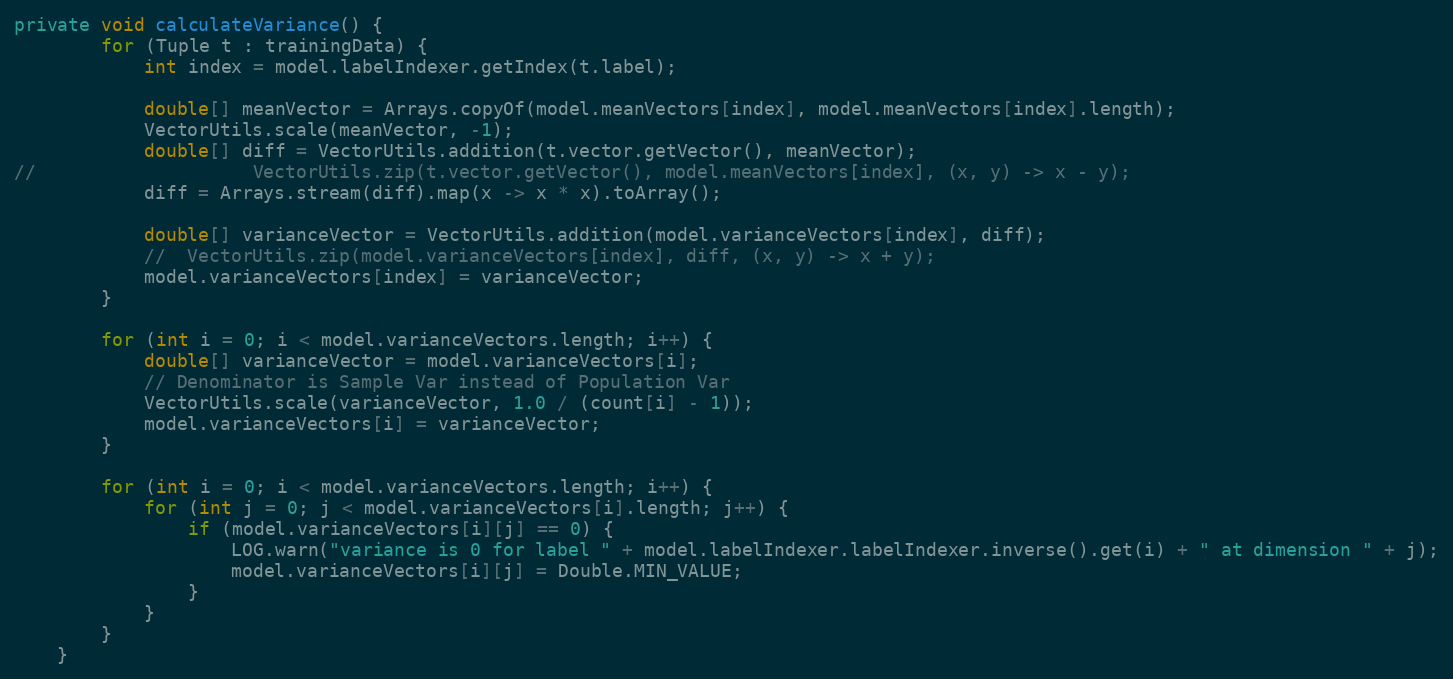
Language: Java
private void calculateVariance() {
        for (Tuple t : trainingData) {
            int index = model.labelIndexer.getIndex(t.label);

            double[] meanVector = Arrays.copyOf(model.meanVectors[index], model.meanVectors[index].length);
            VectorUtils.scale(meanVector, -1);
            double[] diff = VectorUtils.addition(t.vector.getVector(), meanVector);
//                    VectorUtils.zip(t.vector.getVector(), model.meanVectors[index], (x, y) -> x - y);
            diff = Arrays.stream(diff).map(x -> x * x).toArray();

            double[] varianceVector = VectorUtils.addition(model.varianceVectors[index], diff);
            //  VectorUtils.zip(model.varianceVectors[index], diff, (x, y) -> x + y);
            model.varianceVectors[index] = varianceVector;
        }

        for (int i = 0; i < model.varianceVectors.length; i++) {
            double[] varianceVector = model.varianceVectors[i];
            // Denominator is Sample Var instead of Population Var
            VectorUtils.scale(varianceVector, 1.0 / (count[i] - 1));
            model.varianceVectors[i] = varianceVector;
        }

        for (int i = 0; i < model.varianceVectors.length; i++) {
            for (int j = 0; j < model.varianceVectors[i].length; j++) {
                if (model.varianceVectors[i][j] == 0) {
                    LOG.warn("variance is 0 for label " + model.labelIndexer.labelIndexer.inverse().get(i) + " at dimension " + j);
                    model.varianceVectors[i][j] = Double.MIN_VALUE;
                }
            }
        }
    }